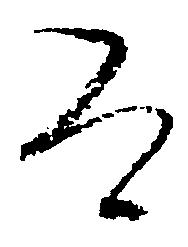
道